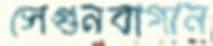
সেগুনবাগান